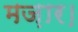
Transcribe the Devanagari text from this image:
मज़ार।